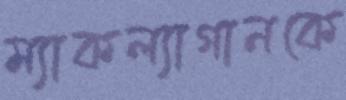
ম্যাকল্যাগানকে